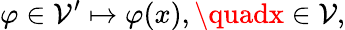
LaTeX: \varphi\in\mathcal{V}^{\prime}\mapsto\varphi(x),\quadx\in\mathcal{V},